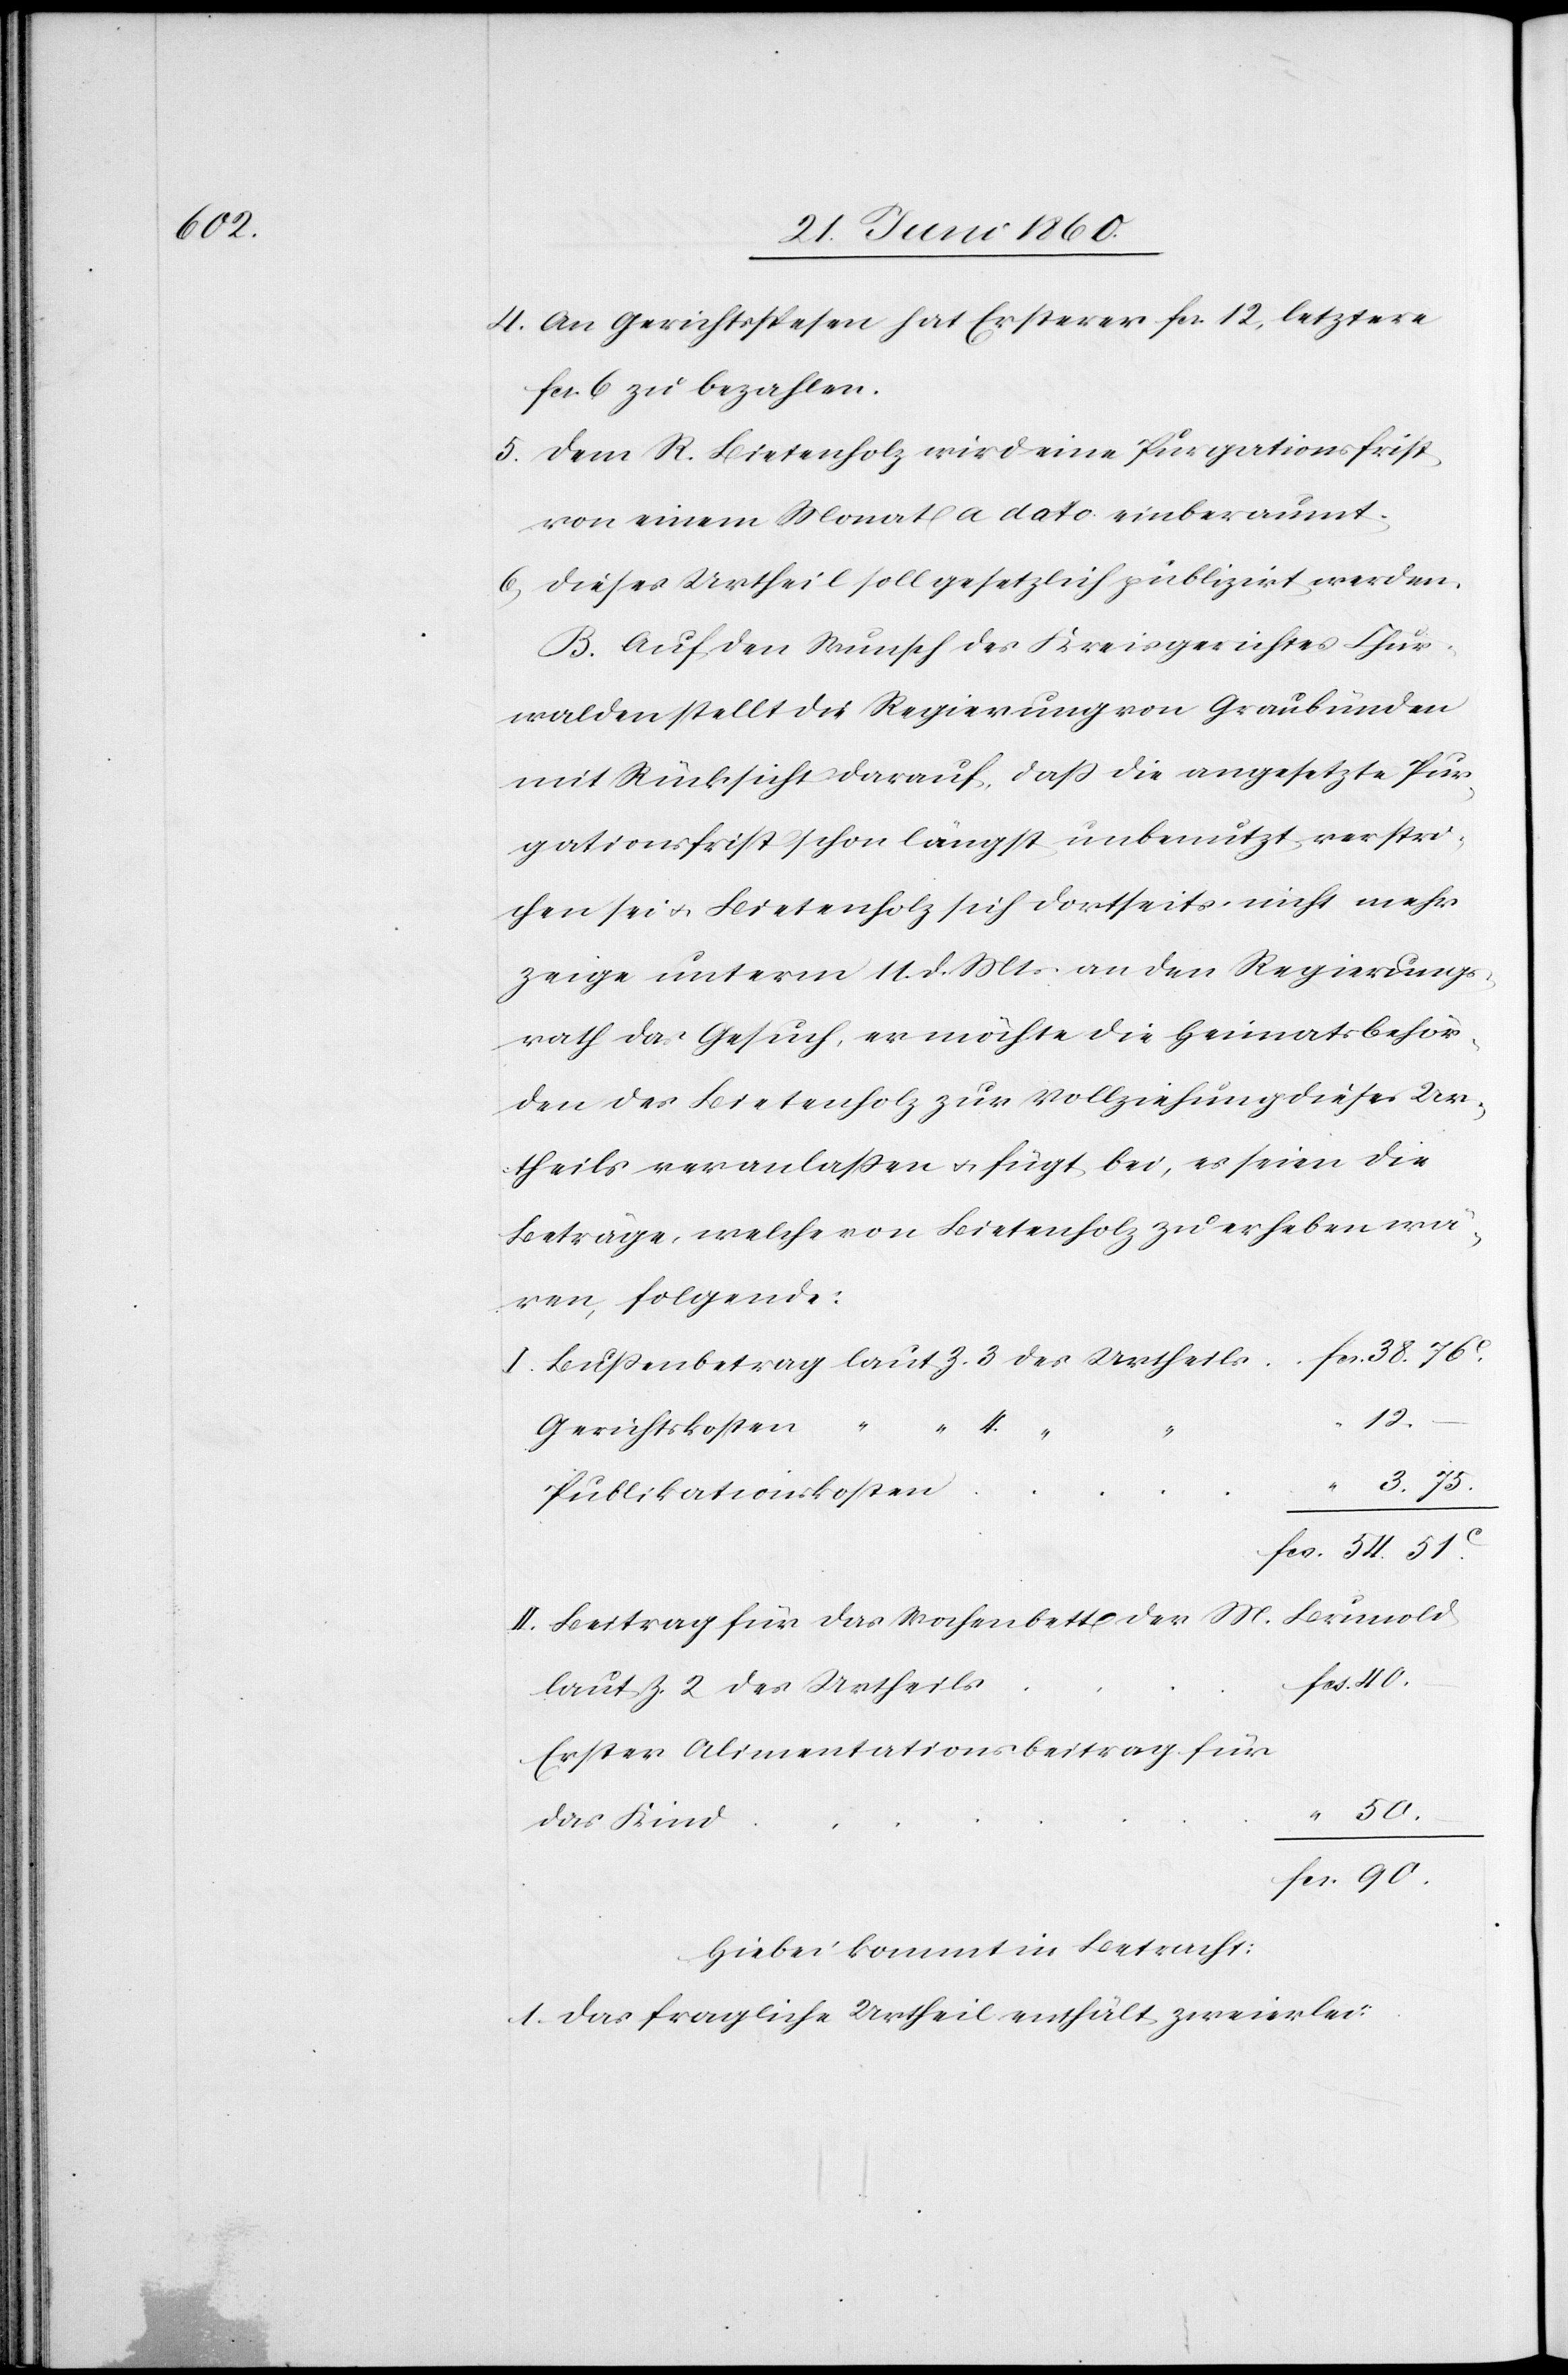
4. An Gerichtsspesen hat Ersterer fcs. 12, letztere
fcs. 6 zu bezahlen.
5. Dem R. Bietenholz wird eine Purgationsfrist
von einem Monat a dato einberaumt.
6. Dieses Urtheil soll gesetzlich publizirt werden.
B. Auf den Wunsch des Kreisgerichtes Chur¬
walden stellt die Regierung von Graubünden
mit Rücksicht darauf, dass die angesetzte Pur¬
gationsfrist schon längst unbenutzt verstri¬
chen sei u. Bietenholz sich dortseits nicht mehr
zeige unterm 11. d. Mts. an den Regierungs¬
rath das Gesuch, er möchte die Heimatsbehör¬
de des Bietenholz zur Vollziehung dieses Ur¬
theils veranlassen u. fügt bei, es seien die
Beträge, welche von Bietenholz zu erheben wä¬
ren, folgende:
90.
fcs.
Gerichtskosten
4
Publikationskosten
Beitrag für das Wochenbett der M. Brunold
laut Z. 2 des Urtheils
Erster Alimentationsbeitrag für
das Kind
Hiebei kommt in Betracht:
1. Das fraglich Urtheil enthält zweierlei: